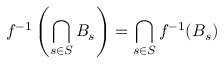
f ^ { - 1 } \left( \bigcap _ { s \in S } B _ { s } \right) = \bigcap _ { s \in S } f ^ { - 1 } ( B _ { s } )